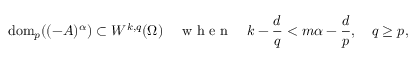
\mathrm { d o m } _ { p } ( ( - A ) ^ { \alpha } ) \subset W ^ { k , q } ( \Omega ) \quad \mathrm { ~ w ~ h ~ e ~ n ~ } \quad k - \frac { d } { q } < m \alpha - \frac { d } { p } , \quad q \geq p ,